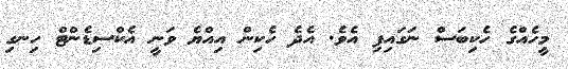
މީހެއްގެ ހެކިބަސް ނަގައިފި އެވެ. އެދެ ހެކިން އިއްޔެ ވަނީ އެކްސިޑެންޓް ހިނގި